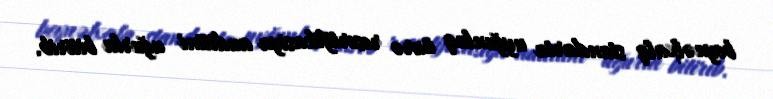
beynəlxalq standarta uyğunluq üzrə resertifikasiya auditini uğurla bitirib.